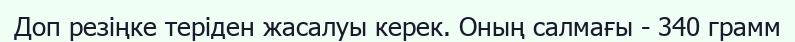
Доп резіңке теріден жасалуы керек. Оның салмағы - 340 грамм